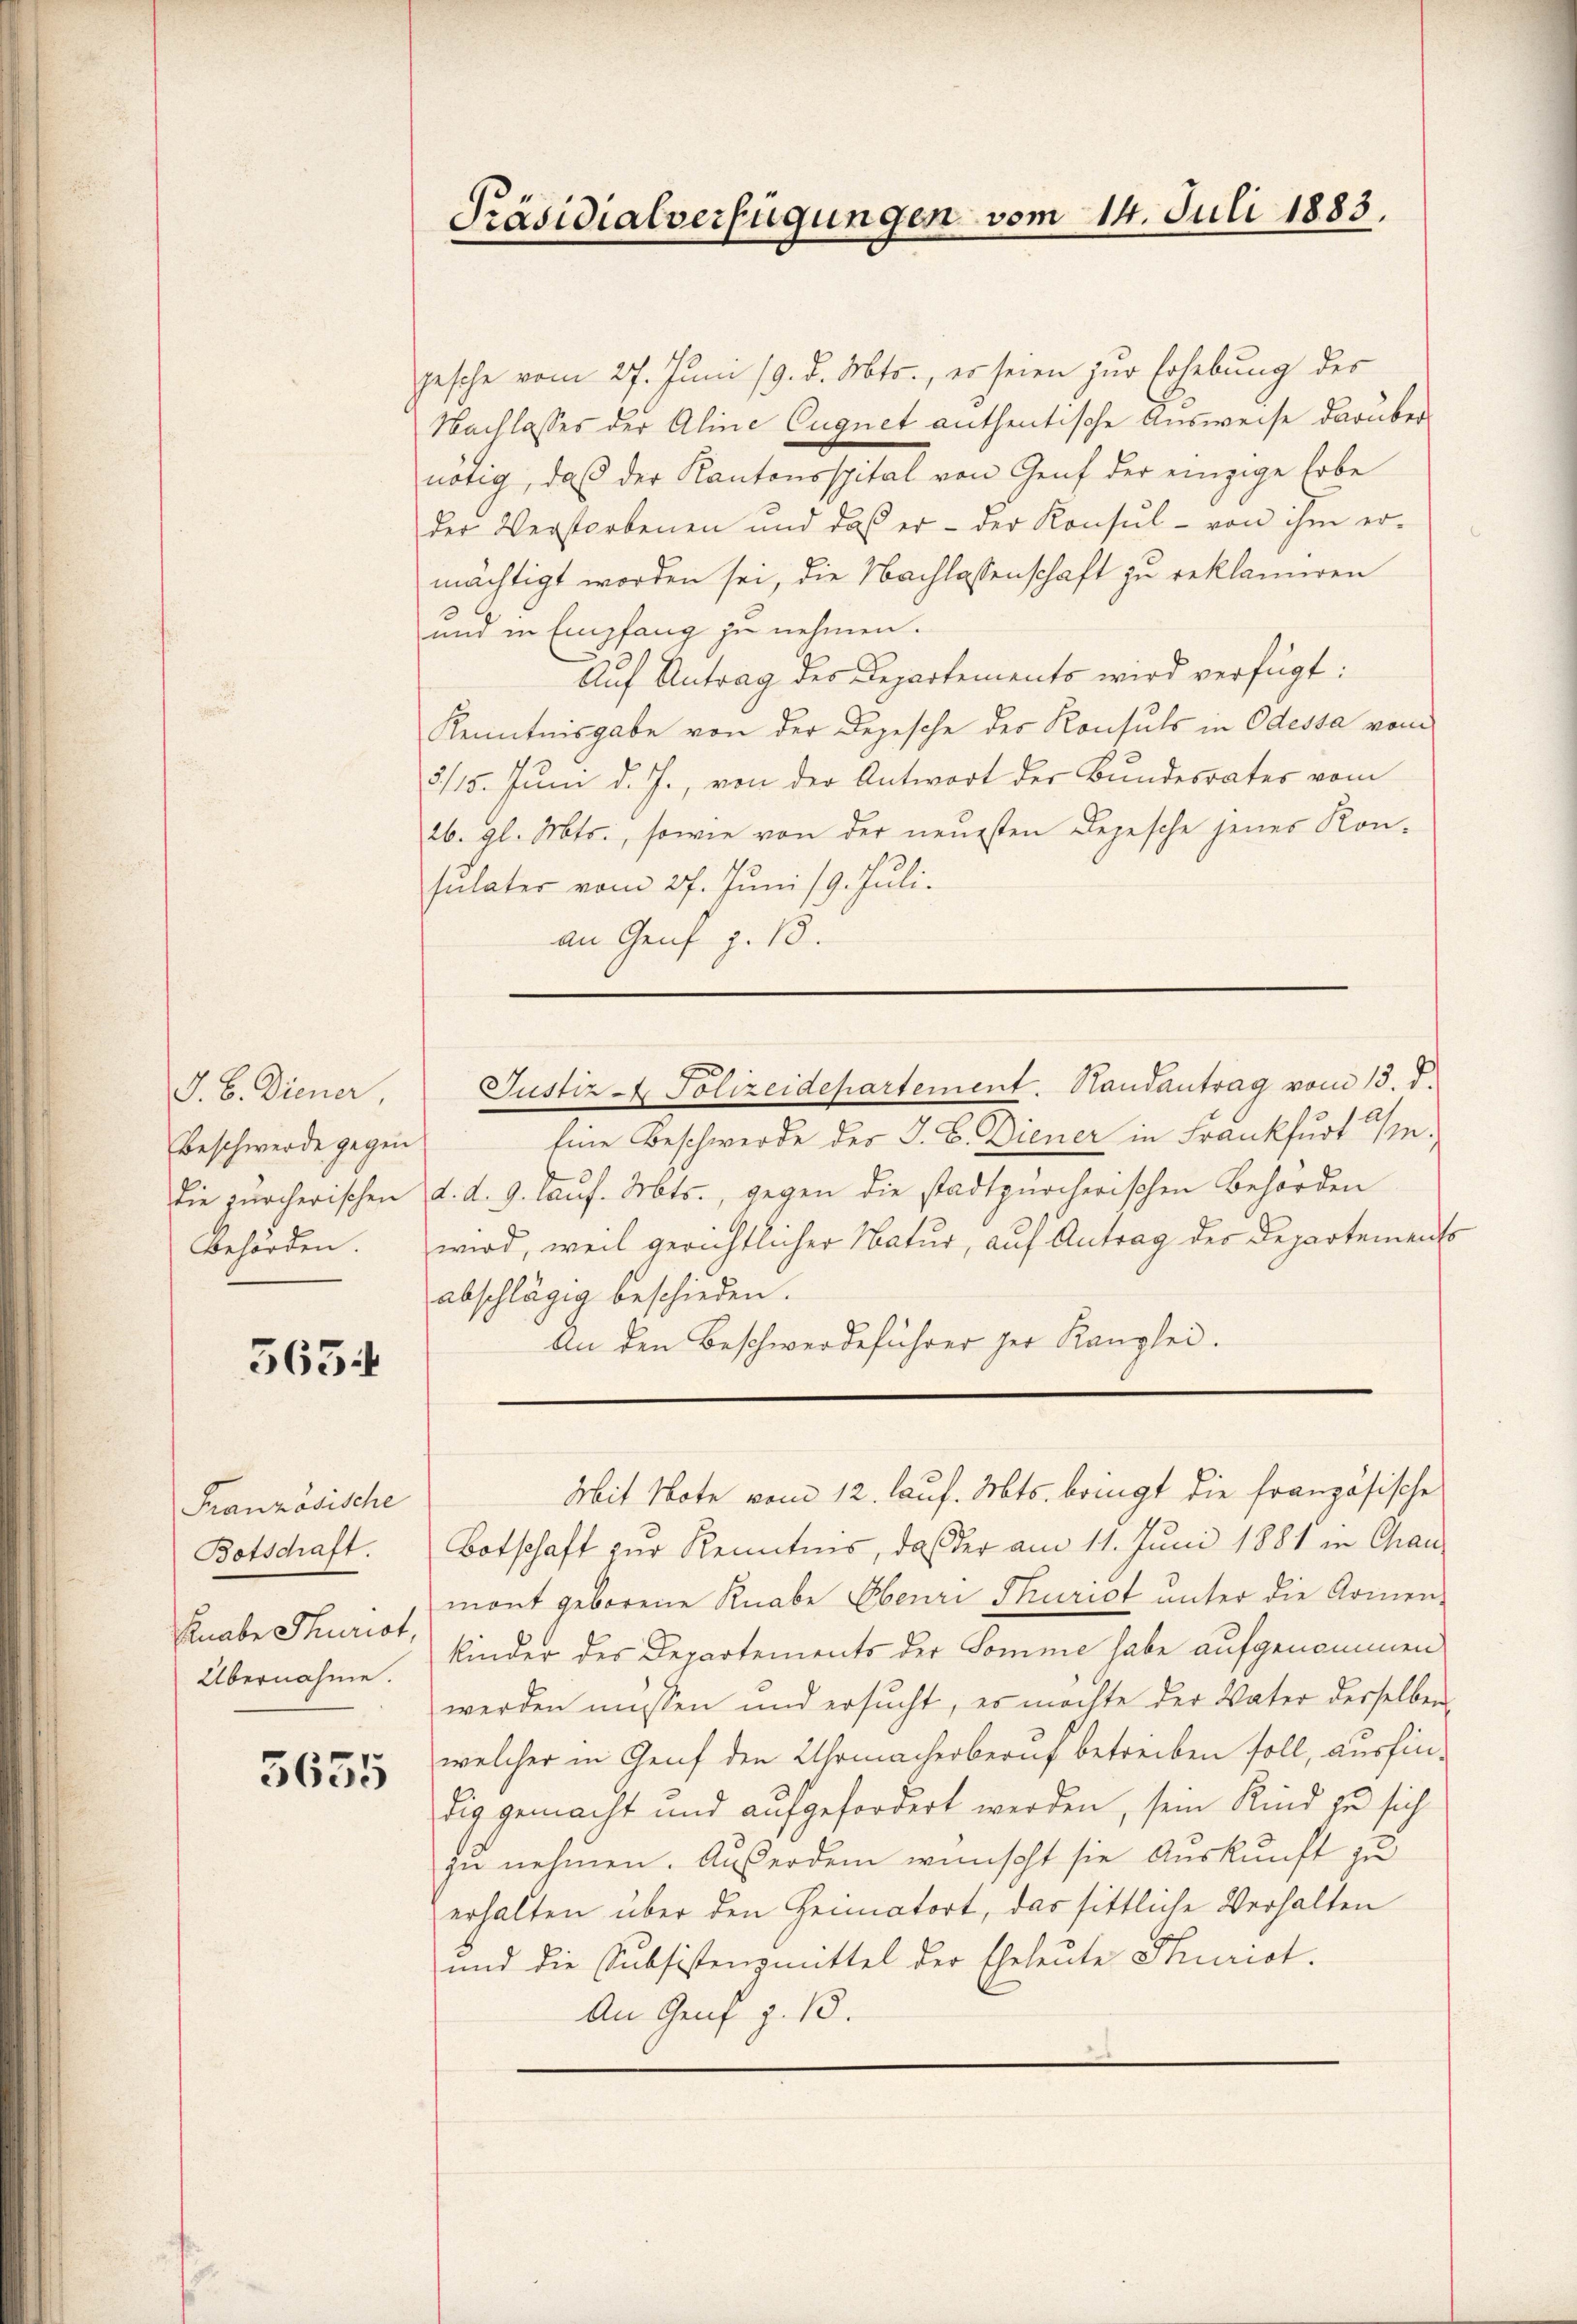
J. B. Diener,
Beschwerde gegen
die zürcherischen
Bbehörden.

5634

Französische
Botschaft.
Knabe Thurist,
Übernahme.

5655

Präsidialverfügungen vom 14. Juli 1883.

gesche vom 27. Juni 19. d. Mts., es seien zur Erhebung des
Nachlasses der Aline Cuquet anthentische Ausweise darüber
nötig, daß der Kantonsspital von Genf der einzige habe
der Verstorbenen und das er - der Konsul - von ihm er-
mächtigt worden sei, die Nachlassenschaft zu reklamiren
und in Empfang zu nehmen.
Auf Antrag des Departements wird verfügt:
Kenntnisgabe von der Depesche der Konsuls in Odessa vom
5/15. Juni d. J., von der Antwort der Bundesrater vom
26. gl. Mts., sowie von der neuesten Depesche jenes Kon-
sulater vom 27. Juni 19. Juli.
an Genf z. B.
Eine Beschwerde der J. B. Diener in Frankfurt n
d. d. 9. lauf. Mts., gegen die stadtpürcherischen Behörden
wird, weil gerichtlicher Natur, auf Antrag der Departements
abschlägig beschieden.
An den Beschwerdeführer der Kanzlei.
Mit Note vom 12. lauf. Mts. bringt die französische
Botschaft zur Kenntnis, daß der am 11. Juni 1881 in Chaumont geborene Knabe Ebenri Thurist unter die Armen-
kinder des Departements der Somme habe aufgenommen
werden müssen und ersucht, es möchte der Vater derselben
welcher in Genf den Uhrmacherberuf betreiben soll, ausfindig gemacht und aufgefordert werden, sein Kind zu sich
zu nehmen. Außerdem wünscht sie Auskunft zu
erhalten über den Heimatort, das sittliche Verhalten
und die Subsistenzmittel der Eheleute Purist.
An Genf z. 18.

Justiz - Polizeidepartement. Randantrag vom 13. d.